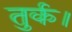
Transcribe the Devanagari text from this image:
तुर्क।